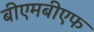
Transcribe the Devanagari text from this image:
बीएमबीएफ